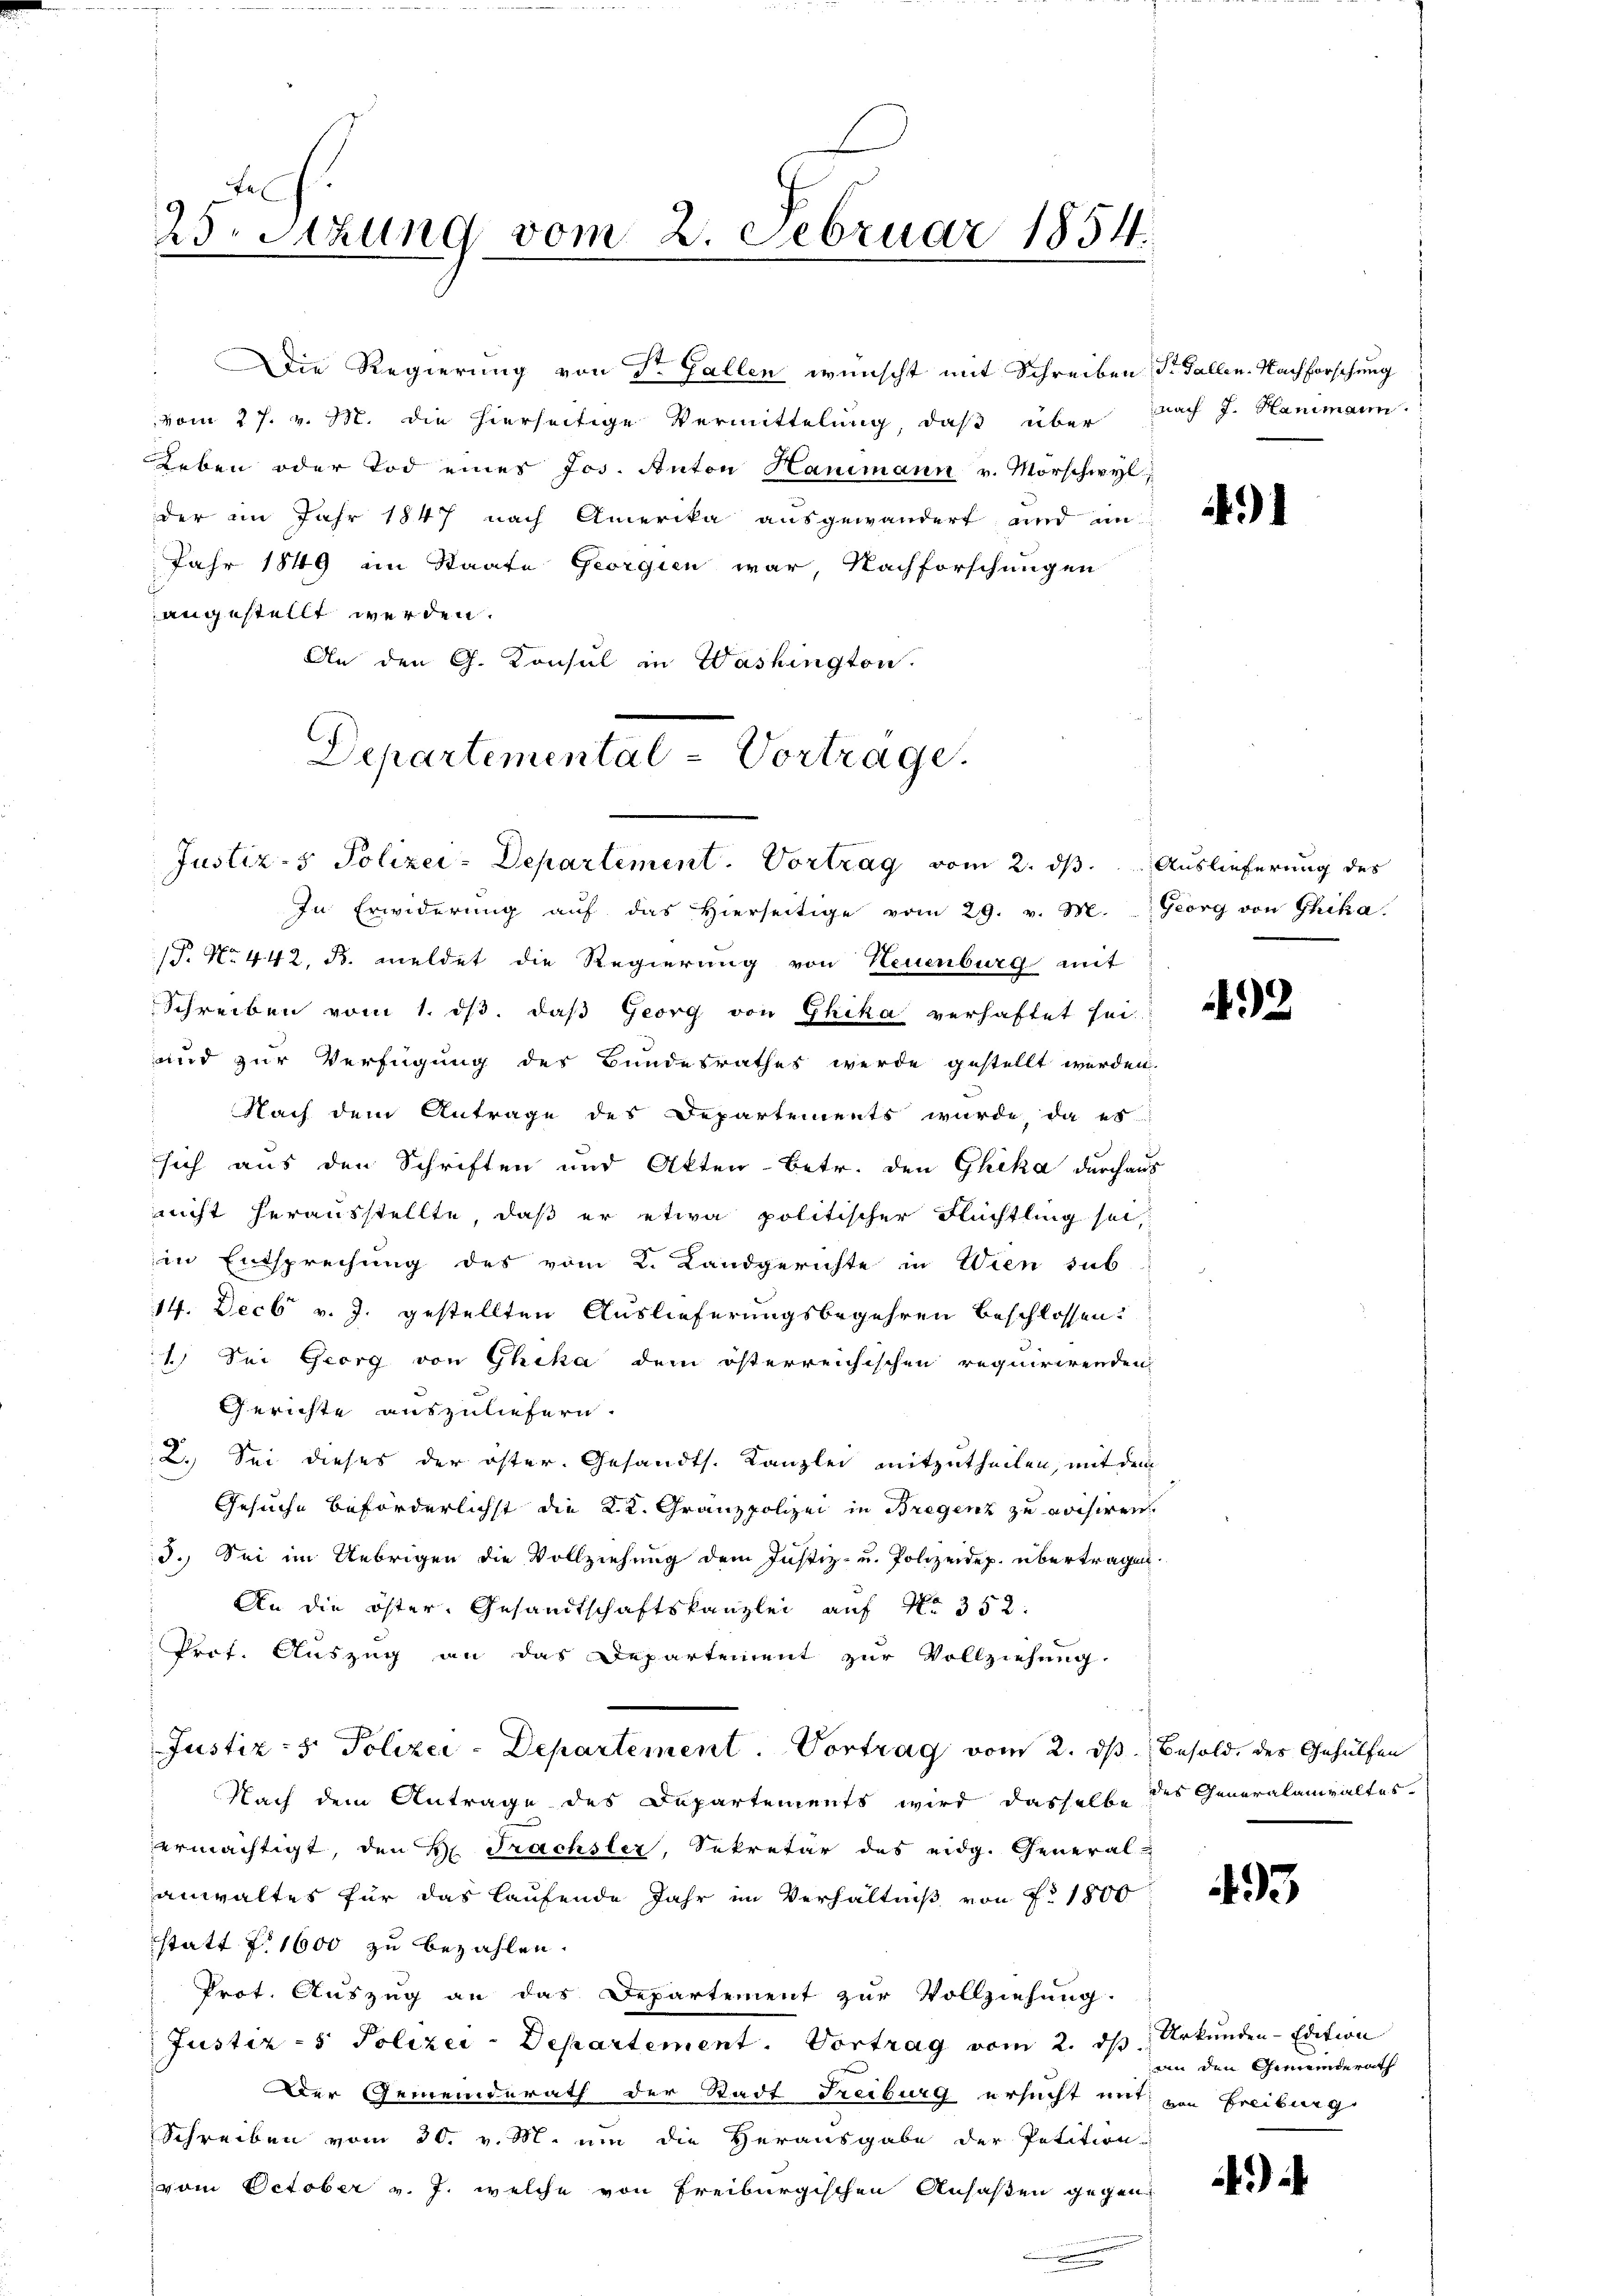
Die Regierung von Sr. Gallen wünscht mit Schreiben St. Gallen-Nachforschung
vom 27. v. M. die hierseitige Vermittelung, daß über
Leben oder Tod eines Jos. Anton Hanimann v. Morschwyl,
der im Jahr 1847 nach Amerika ausgewandert, und an
Jahr 1849 im Staate Georgien war, Nachforschungen
angestellt werden.
An den G. Konsul in Washington.

fe
25. Setzung vom 2. Februar 1854.

Departemental - Vortrage.
Justiz- & Polizei-Departement. Vortrag vom 2. ds.              Auslieferung des

In Erwiderung aŭf das hierseitige vom 29. v. M. Georg von Chika
P. Nr. 442. B. meldet die Regierung von Neuenburg mit
Schreiben vom 1. ds. daß Georg von Ghika verhaftet sei.
und zur Verfügung des Bundesrathes werde gestellt werden.
Nach dem Antrage des Departements wurde, da es
sich aus den Schriften und Akten-Betr. den Ghika durchaus
nicht herausstellte, daß er etwa politischer Flüchtling sei,
in Entsprechung des vom 2. Landgerichte in Wien sub
14. Decbr v. J. gestellten Auslieferungsbegehren beschlossen:
1. Sei Georg von Ghika dem österreichischen requirirenden
Gerichte auszuliefern.
2. Sei dieses der öster. Gesandts. Kanzlei mitzutheilen, mit dem
Gesuche beförderlichst die K. K. Granzpolizei in Bregenz zu voisiren.
d. Sei im Uebrigen die Vollziehung dem Justiz- u. Polizeidep. übertragen.
An die öster, Gesandtschaftskanzlei auf No 352.
Prof. Auszug an das Departement zur Vollziehung
Justiz- & Polizei-Departement. Vortrag vom 2. ds Besold, des Gehülfen
Nach dem Antrage des Departements wird dasselbe des Generalanwaltes
ermächtigt, den H. Trachsler, Sekretär des eidg. General-
anwaltes für das laufende Jahr im Verhältniß von Fr. 1800
statt § 1600 zu bezahlen.
Prot. Auszug an das Departement zur Vollziehung.
Justiz - Polizei-Departement. Vortrag vom 2. ds Urkunden-Edition
Der Gemeinderath der Stadt Freiburg ersucht mit von Freiburg
Schreiben vom 30. v. M. um die Herausgabe der Petition
vom October v. J. welche von Freiburgischen Ansaßen gegen

nach J. Hanimann.

491

492

493

an den Gemeinderath

)